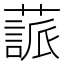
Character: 𦽤